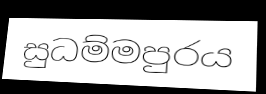
සුධම්මපුරය